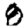
Digit: 8